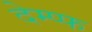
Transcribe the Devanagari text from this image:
देम्प्फ